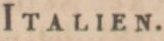
STATISTIK.